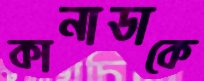
কানাডাকে